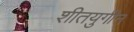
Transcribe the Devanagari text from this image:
शीतयुगीन